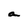
Character: a